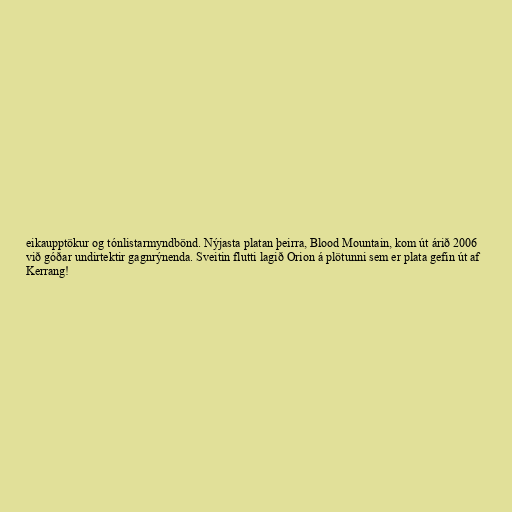
eikaupptökur og tónlistarmyndbönd. Nýjasta platan þeirra, Blood Mountain, kom út árið 2006
við góðar undirtektir gagnrýnenda. Sveitin flutti lagið Orion á plötunni sem er plata gefin út af
Kerrang!